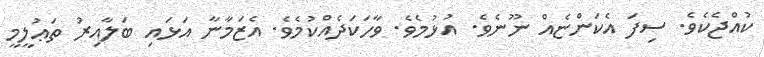
ކުއްޖެކެވެ. ސިފަ އެކަންޏެއް ނޫނެވެ. އުޅުމެވެ. ވާހަކަދެއްކުމެވެ. އެޒަމާނާ އަޅައި ބަލާއިރު ތަޢުލީމީ